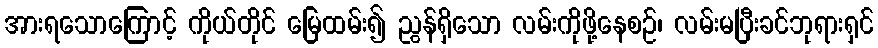
အားရသောကြောင့် ကိုယ်တိုင် မြေထမ်း၍ ညွန်ရှိသော လမ်းကိုဖို့နေစဉ်၊ လမ်းမပြီးခင်ဘုရားရှင်